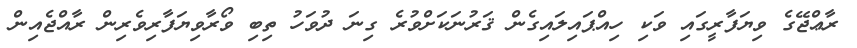
ރާޢްޖޭގެ ވިޔަފާރީގައި ވަކި ހިއްޕައިލައިގެން ޤަރުނަކަށްވުރެ ގިނަ ދުވަހު ތިބި ވޯރާވިޔަފާރިވެރިން ރާއްޖެއިން